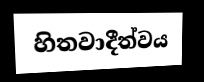
හිතවාදීත්වය